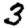
Digit: 3